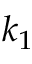
k _ { 1 }